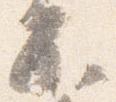
不